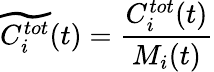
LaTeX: \widetilde{C_{i}^{tot}}(t)=\frac{C_{i}^{tot}(t)}{M_{i}(t)}